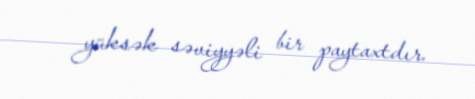
yüksək səviyyəli bir paytaxtdır.